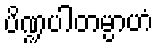
ပိဏ္ဍပါတမ္ပာဟံ